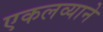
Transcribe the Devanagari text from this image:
एकलव्याने